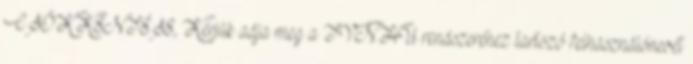
CSÖKKENTÉSE, Kérjük adja meg a TVN.HU rendszeréhez tartozó felhasználónevét